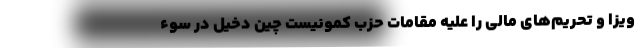
ویزا و تحریم‌های مالی را علیه مقامات حزب کمونیست چین دخیل در سوء